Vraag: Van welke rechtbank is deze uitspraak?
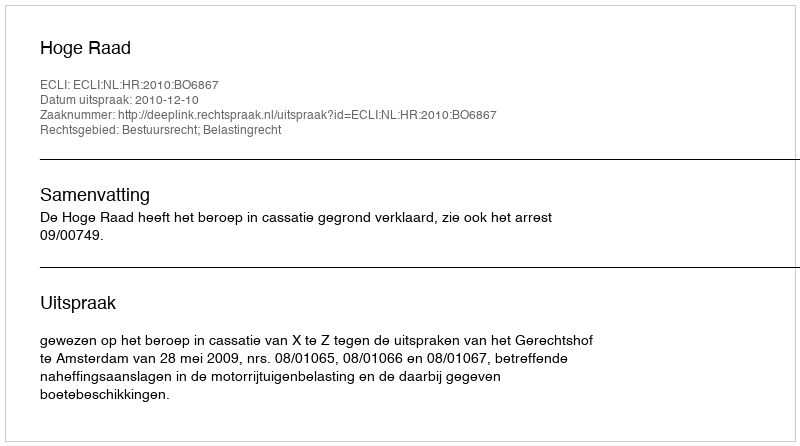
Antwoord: Hoge Raad